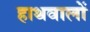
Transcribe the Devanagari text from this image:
हाथवालों